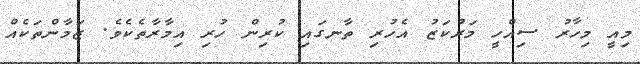
މިއީ މިހާރު ސިއްހީ މަރުކަޒު އެހުރި ތާނގައި ކުރިން ހުރި އިމާރާތެކެވެ. ޒަމާންތަކެއް